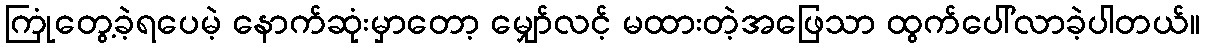
ကြုံတွေ့ခဲ့ရပေမဲ့ နောက်ဆုံးမှာတော့ မျှော်လင့် မထားတဲ့အဖြေသာ ထွက်ပေါ်လာခဲ့ပါတယ်။